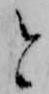
と